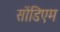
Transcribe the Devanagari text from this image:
सोंडिएम